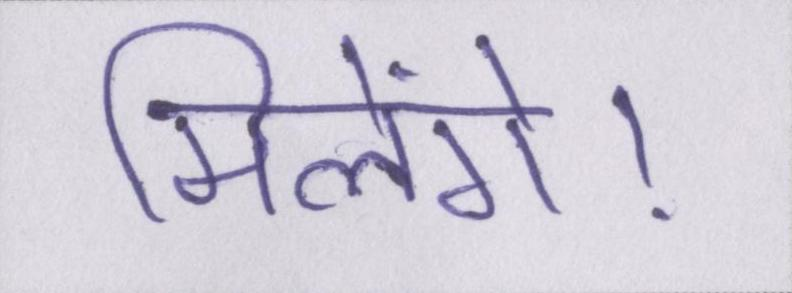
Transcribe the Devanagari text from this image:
मिलेंगे।